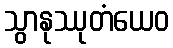
သွာနုဿုတံယေဝ